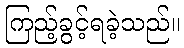
ကြည့်ခွင့်ရခဲ့သည်။